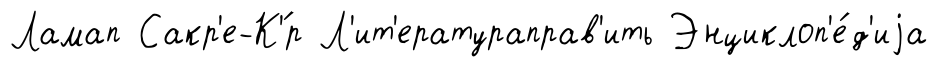
Ламап Сакр'е-К'́р Л'ит'ератураправ'ить Энциклоп'е́д'иjа